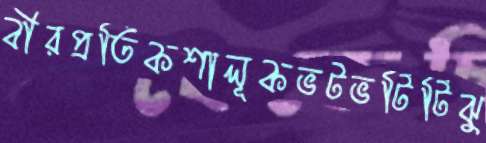
বীরপ্রতিকশালূকভটভটিটিঝু